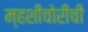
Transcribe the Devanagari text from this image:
म्हशीचोरीची